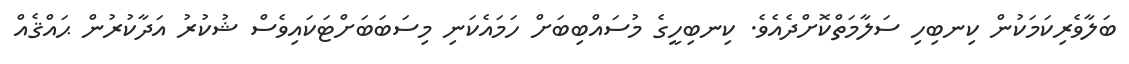
ބަލާވެރިކަމަކުން ކިނބިހި ސަލާމަތްކޮށްދެއެވެ. ކިނބިހީގެ މުސައްބިބަށް ހަމައެކަނި މިސަބަބަށްޓަކައިވެސް ޝުކުރު އަދާކުރުން ޙައްޤެއް